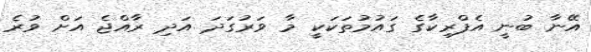
އޭނާ ބުނީ އެފްރިކާގެ ގައުމުތަކަކީ މާ ވަރުގަދަ އަދި ރާއްޖެ އަށް ވުރެ